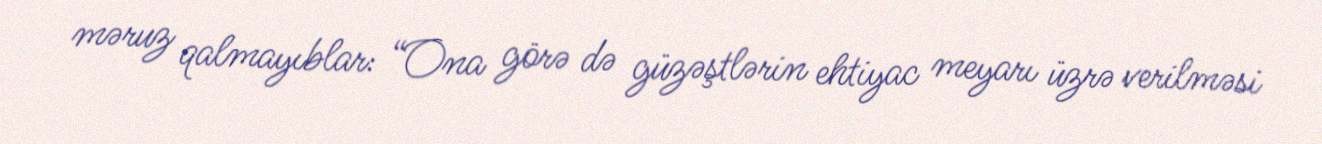
məruz qalmayıblar: “Ona görə də güzəştlərin ehtiyac meyarı üzrə verilməsi